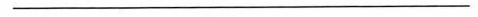
___